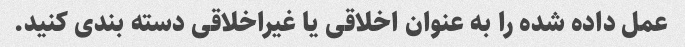
عمل داده شده را به عنوان اخلاقی یا غیراخلاقی دسته بندی کنید.